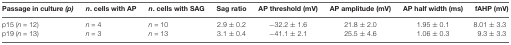
| Passage in culture (p) | n. cells with AP | n. cells with SAG | Sag ratio | AP threshold (mV) | AP amplitude (mV) | AP half width (ms) | fAHP (mV) |
 | --- | --- | --- | --- | --- | --- | --- | --- |
 | p15 (n = 12) | n = 4 | n = 10 | 2.9 ± 0.2 | −32.2 ± 1.6 | 21.8 ± 2.0 | 1.95 ± 0.1 | 8.01 ± 3.3 |
 | p19 (n = 13) | n = 3 | n = 13 | 3.1 ± 0.4 | −41.1 ± 2.1 | 25.5 ± 4.6 | 1.06 ± 0.3 | 9.3 ± 3.3 |